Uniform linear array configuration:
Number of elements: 4
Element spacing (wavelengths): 1
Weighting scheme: blackman
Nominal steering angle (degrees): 60
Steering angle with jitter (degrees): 59.241
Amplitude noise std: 0.05
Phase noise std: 0.05

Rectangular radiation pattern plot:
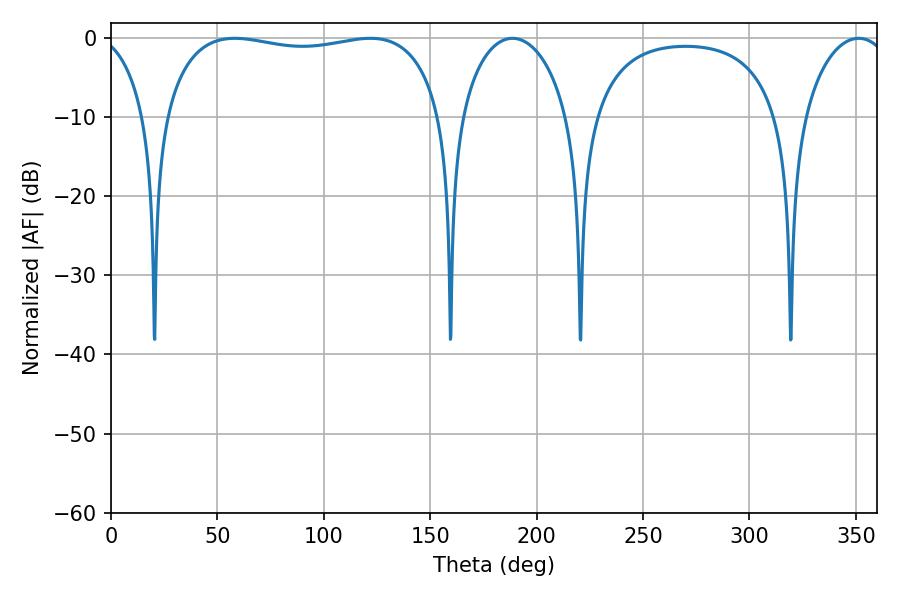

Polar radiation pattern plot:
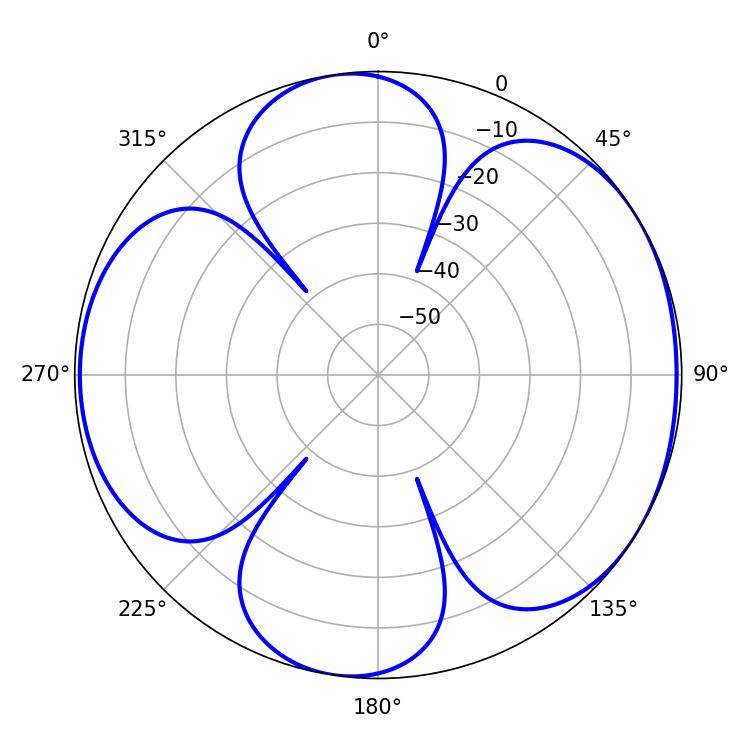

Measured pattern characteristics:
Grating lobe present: TRUE
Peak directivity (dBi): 5.675
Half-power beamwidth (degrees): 106.2
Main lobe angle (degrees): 58.14